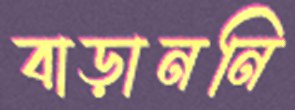
বাড়াননি